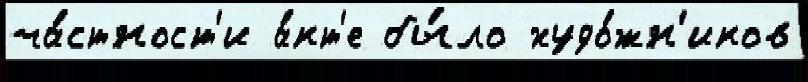
ча́стност'и а́кт'е бы́ло худо́жн'иков